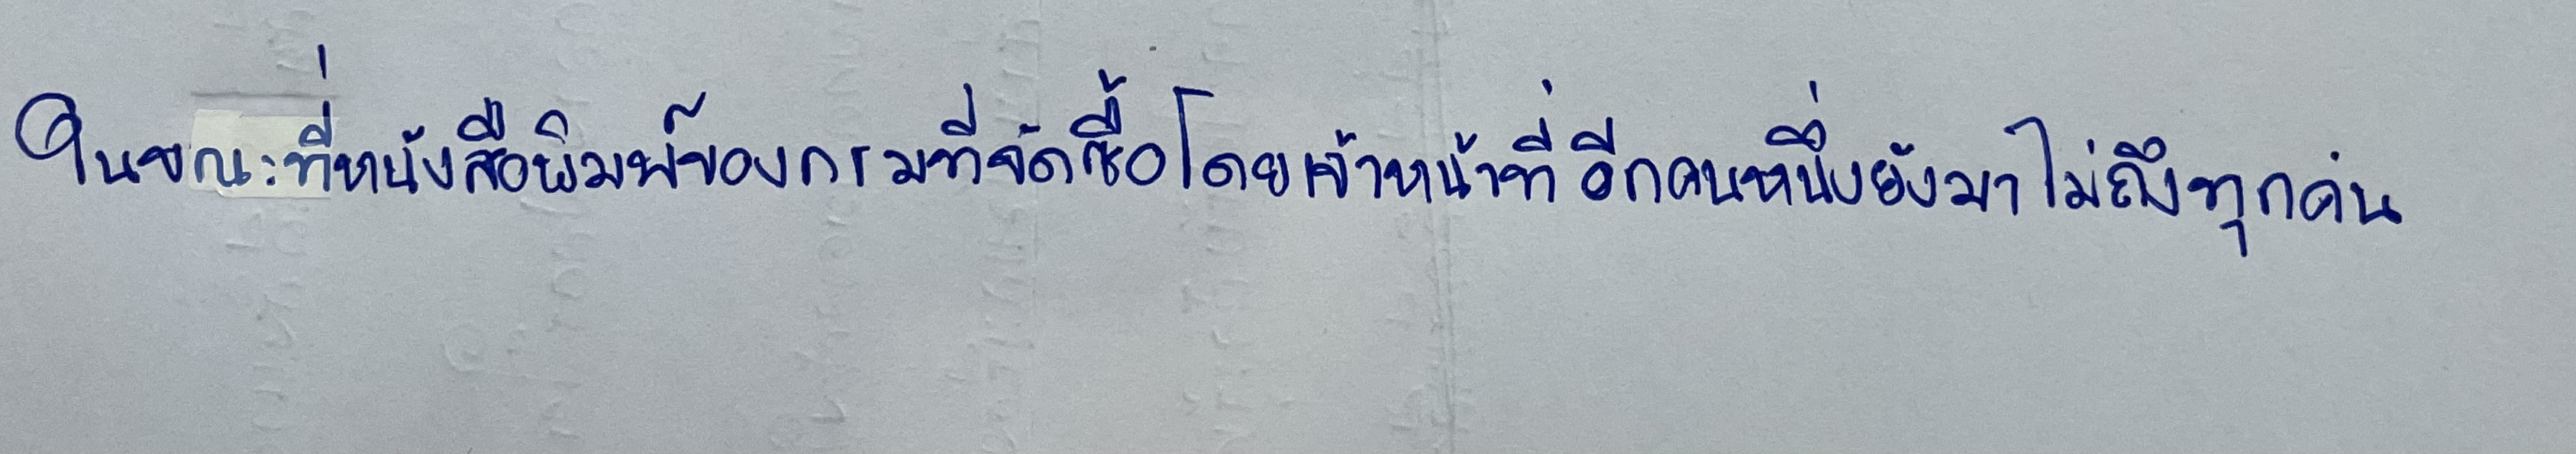
ในขณะที่หนังสือพิมพ์ของกรมที่จัดซื้อโดยเจ้าหน้าที่อีกคนหนึ่งยังมาไม่ถึงทุกคน